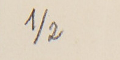
2/1